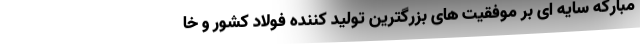
مبارکه سایه ای بر موفقیت های بزرگترین تولید کننده فولاد کشور و خا